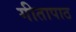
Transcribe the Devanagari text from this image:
गीतापाठ